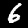
Label: 6